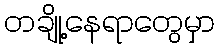
တချို့နေရာတွေမှာ